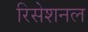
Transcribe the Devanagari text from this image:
रिसेशनल